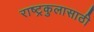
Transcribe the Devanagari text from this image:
राष्ट्रकुलासाठी